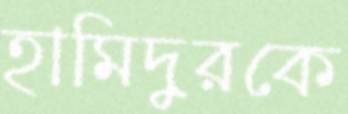
হামিদুরকে